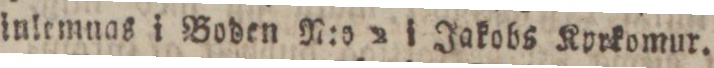
inlemnas i Boden N:o 2 i Jakobs Kyrkomur.